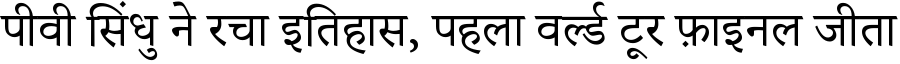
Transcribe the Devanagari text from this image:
पीवी सिंधु ने रचा इतिहास, पहला वर्ल्ड टूर फ़ाइनल जीता